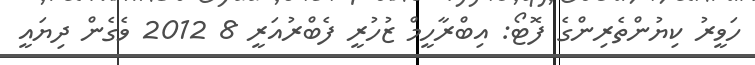
ހަވީރު ކިޔުންތެރިންގެ ފޮޓޯ: އިބްރާހީމް ޒުހުރީ ފެބްރުއަރީ 8 2012 ވެގެން ދިޔައީ